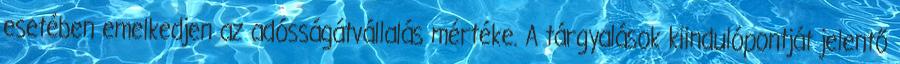
esetében emelkedjen az adósságátvállalás mértéke. A tárgyalások kiindulópontját jelentő